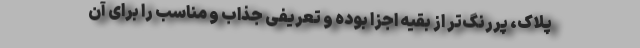
پلاک، پررنگ‌تر از بقیه اجزا بوده و تعریفی جذاب و مناسب را برای آن